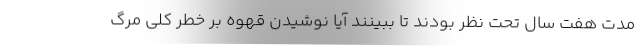
مدت هفت سال تحت نظر بودند تا ببینند آیا نوشیدن قهوه بر خطر کلی مرگ